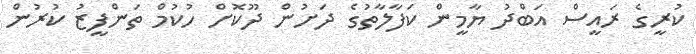
ކުރީގެ ރައީސް އަބްދު ޔާމީން ކަފާލާތުގެ ދަށުން ދޫކޮށް ހުކުމް ތަންފީޒު ކުރުން